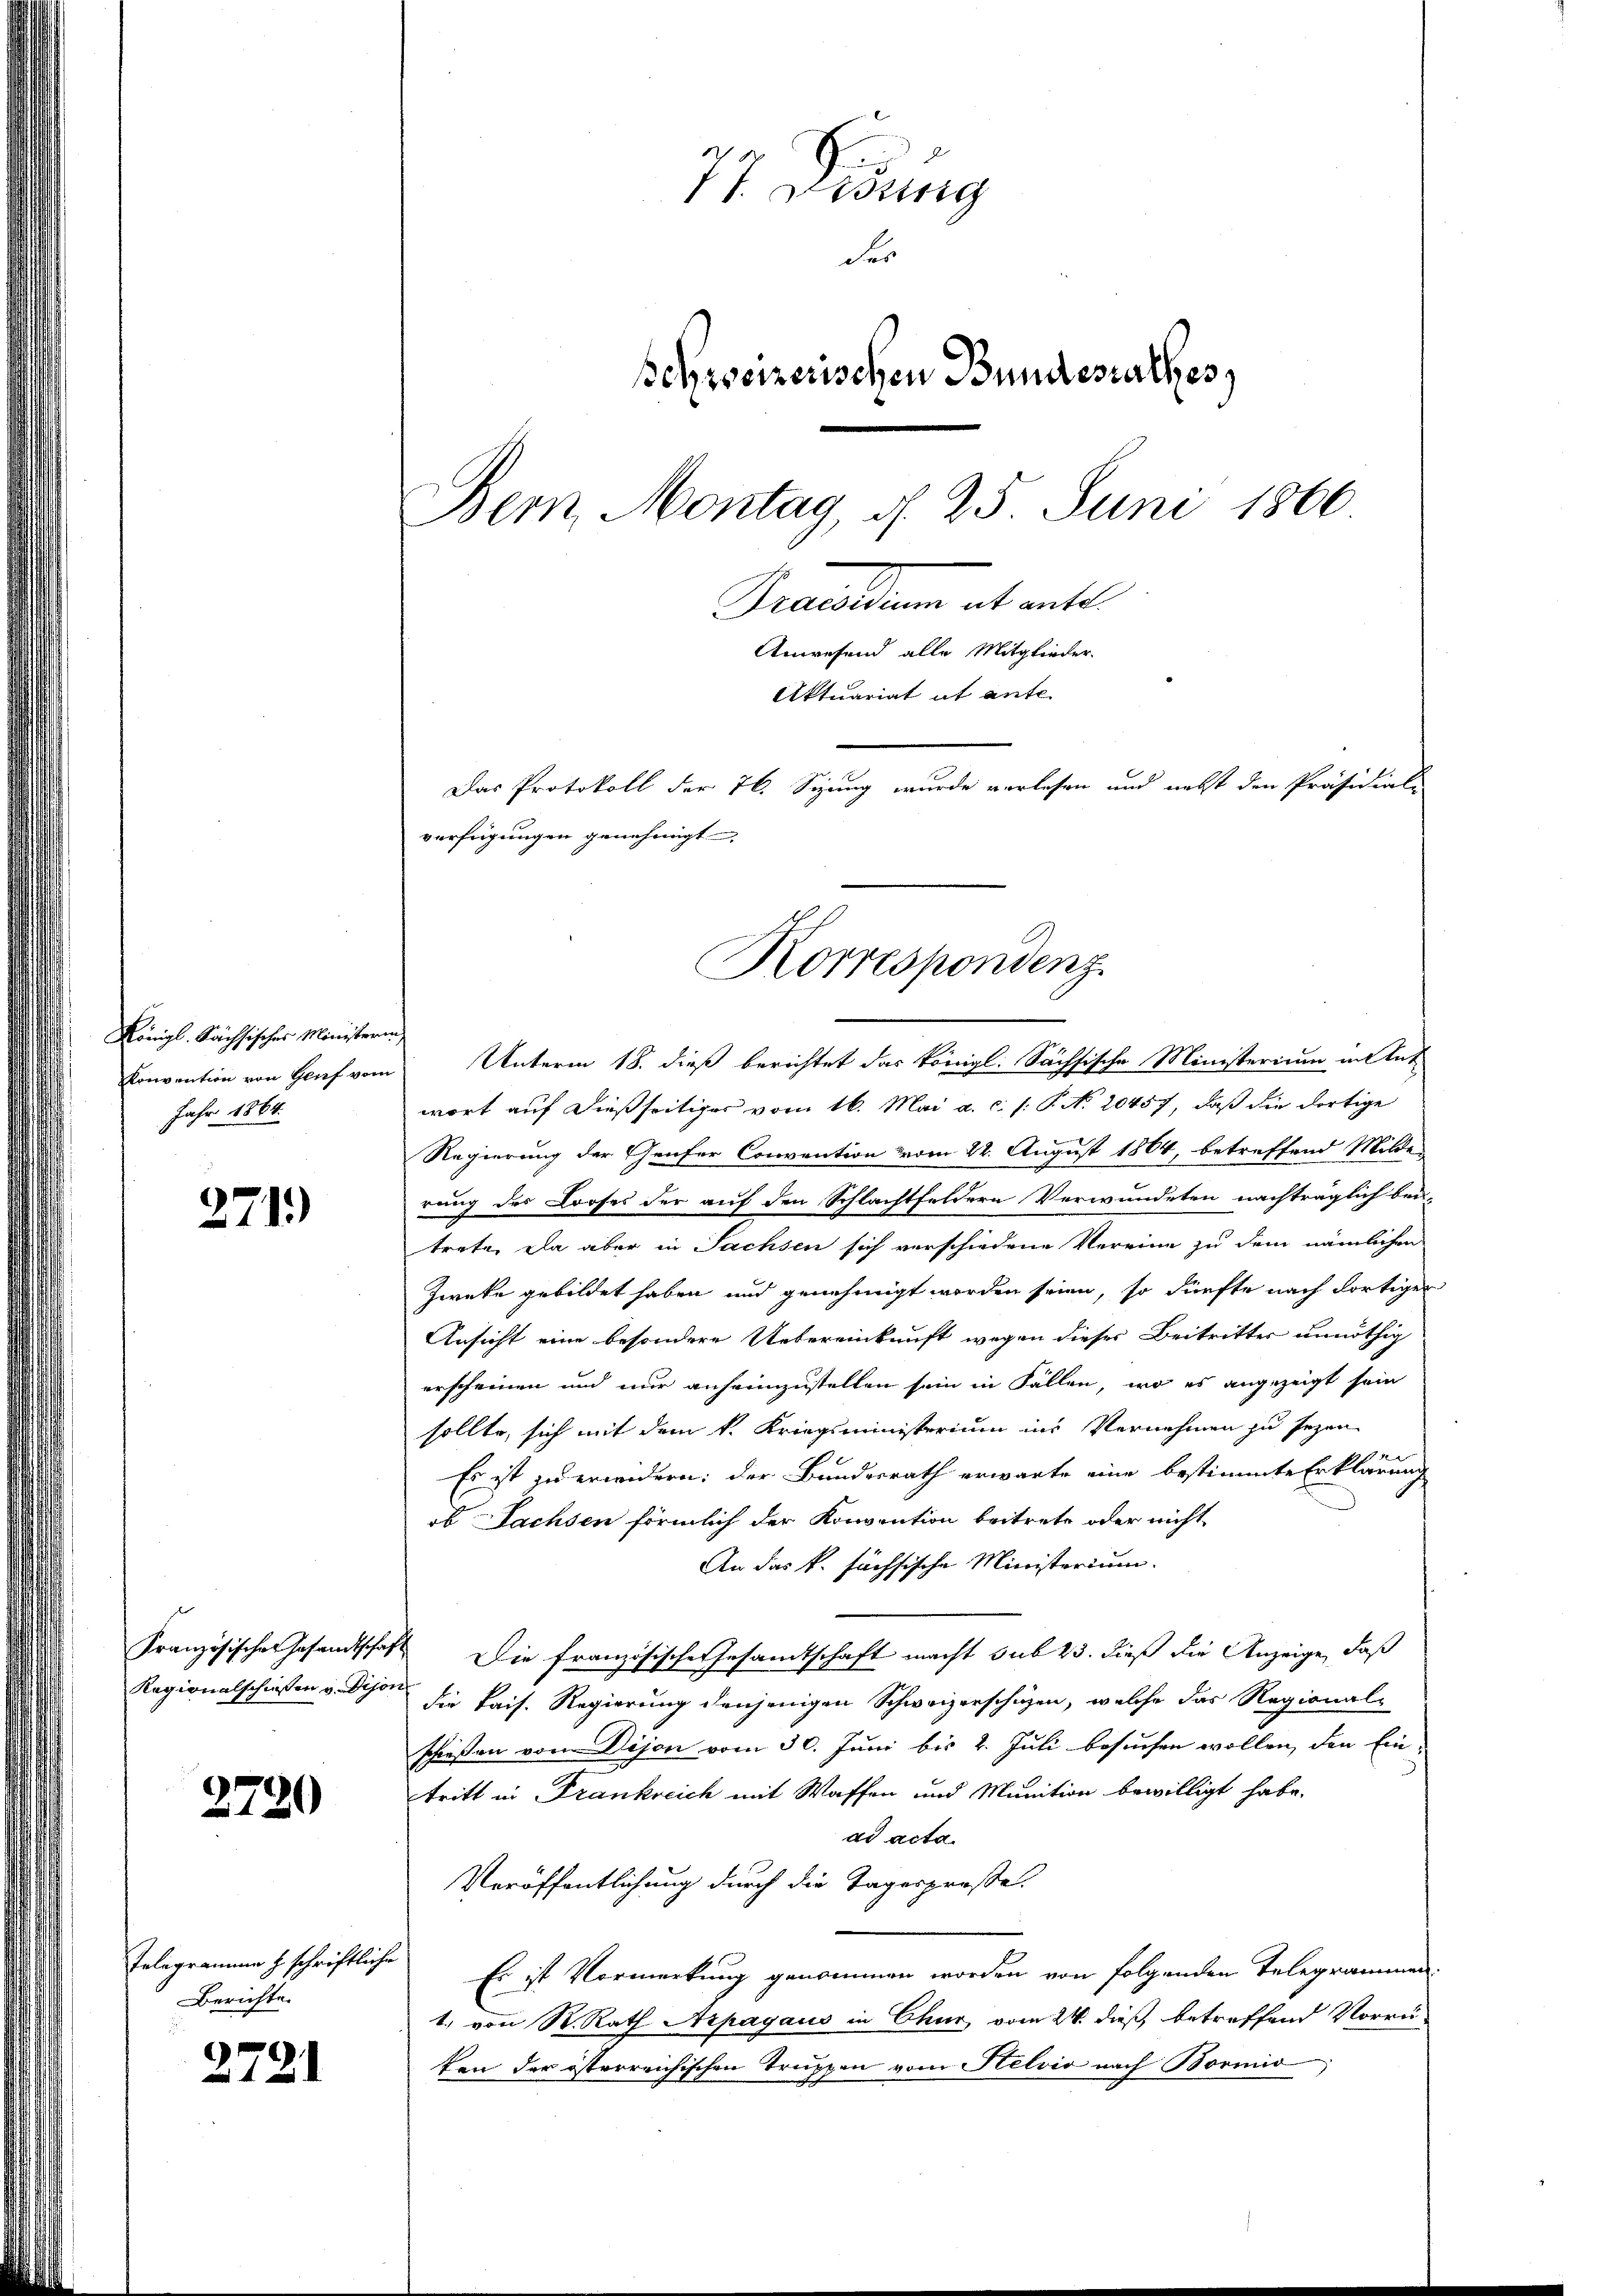
Königl. Sächsisches Ministerin
Jahr 1864.

271)

2720

Telegramme z. schriftliche
Berichte.

2721

Convention von Genf vom Unterm 18. dieß berichtet das königl. Sächsische Ministerium in Ant
wort auf dießseitiges vom 16. Mai a. c. s. S. N. 20457, daß die dortige
Regierung der Genfer Convention vom 22. August 1864, betreffend Milder
rung des Looses der auf den Schlachtfeldern Verwundeten nachträglich bei
trete, ela aber in Sachsen sich verschiedene Vereine zu dem nämlichen
Zwecke gebildet haben und genehmigt worden seien, so dürfte nach dortiger
Ansicht eine besondere Uebereinkunft wegen dieser Beitritter unnöthig
erscheinen und nur anheimzustellen sein in Fällen, wo es angezeigt sein
sollte, sich mit dem k. Kriegsministerium ins Vernehmen zu seyen
e
Es ist zu erwidern: der Bundesrath erwarte eine bestimmte Erklärung
ob Sachsen förmlich der Konvention beitrete oder nicht
An das k. höchsische Ministerium.
Französischen Gesandtschaft Die französische Gesamtschaft macht sub 23. dieß die Anzeige, daß
Ragionalschiessen v. Schon sie kais. Regierung denjenigen Schweizerschüzen, welche das Regional-
schießen vom Dijon vom 30. Juni bis 2. Juli besuchen wollen, den Ein-
tritt in Frankreich mit Waffen und Munition bewilligt habe.
ad acta.
Veröffentlichung durch die Tagesprosse.
Es ist Vormerkung genommen worden von folgenden Telegrammen.
1. von R. Rath Arpagaus in Chur, vom 24. dieß, betreffend Vorrü-
ken der österreichischen Truppen vom Stelvio nach Bornio

77. Diebung
der
schreizerischen Bundesrathes,
Bern Montag, d. 25. Juni 1866
Practum et mit
Anwesend alle Mitglieder
Aktuariat et ante.
Das Protokoll der 76. Stung wurde verlesen und nebst den Präsidial-
verfügungen genehmigt

Korrespondenz.